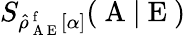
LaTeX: S_{\hat{\rho}_{\mathrm{~A~E~}}^{\mathrm{~f~}}[\alpha]}(\mathrm{~A~}|\mathrm{~E~})